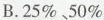
B.25\%5、0\%